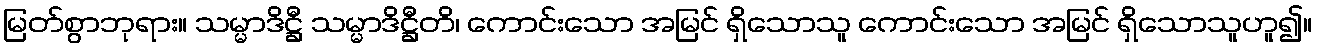
မြတ်စွာဘုရား။ သမ္မာဒိဋ္ဌီ သမ္မာဒိဋ္ဌီတိ၊ ကောင်းသော အမြင် ရှိသောသူ ကောင်းသော အမြင် ရှိသောသူဟူ၍။